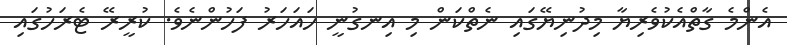
އެންމެ ގާތްއެކުވެރިޔާ މިދުނިޔޭގައި ނެތްކަން މި އިނގުނީ ހައަހަރު ފަހުންނެވެ. ކުރީރޭ ޓެރަހުގައި